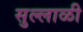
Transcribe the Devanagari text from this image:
सुल्लाळी